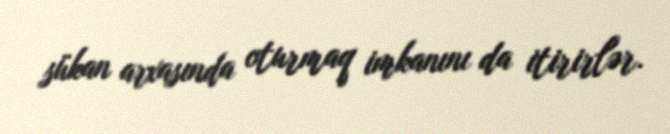
sükan arxasında oturmaq imkanını da itirirlər.